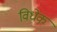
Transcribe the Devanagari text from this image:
विधेक